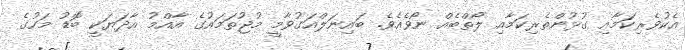
އެކުވެރިކަމާއި ގުޅުންތެރިކަމާއި ލޯތްބެއް ނޯވެއެވެ. ބައިނަލްއަގުވާމީ މުޖުތަމައުގެ އާއްމު އާދަޔަކީ ބޮޑު މަހުގެ